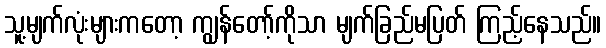
သူ့မျက်လုံးများကတော့ ကျွန်တော့်ကိုသာ မျက်ခြည်မပြတ် ကြည့်နေသည်။